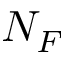
N _ { F }